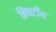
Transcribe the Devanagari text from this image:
त्रिपार्टीय